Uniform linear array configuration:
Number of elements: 24
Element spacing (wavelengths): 1
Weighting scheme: kaiser
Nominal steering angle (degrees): -60
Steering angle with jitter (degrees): -58.603
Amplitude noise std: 0.05
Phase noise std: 0.05

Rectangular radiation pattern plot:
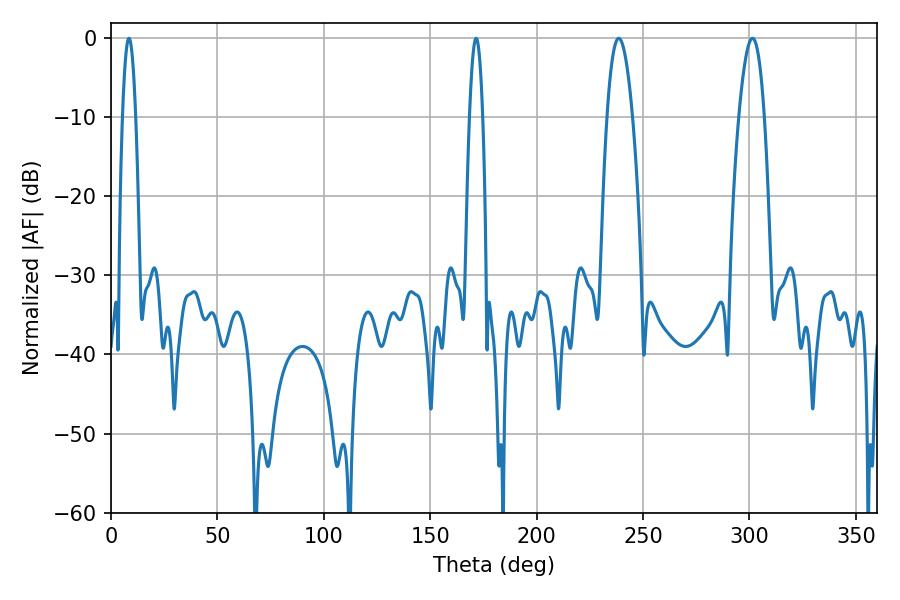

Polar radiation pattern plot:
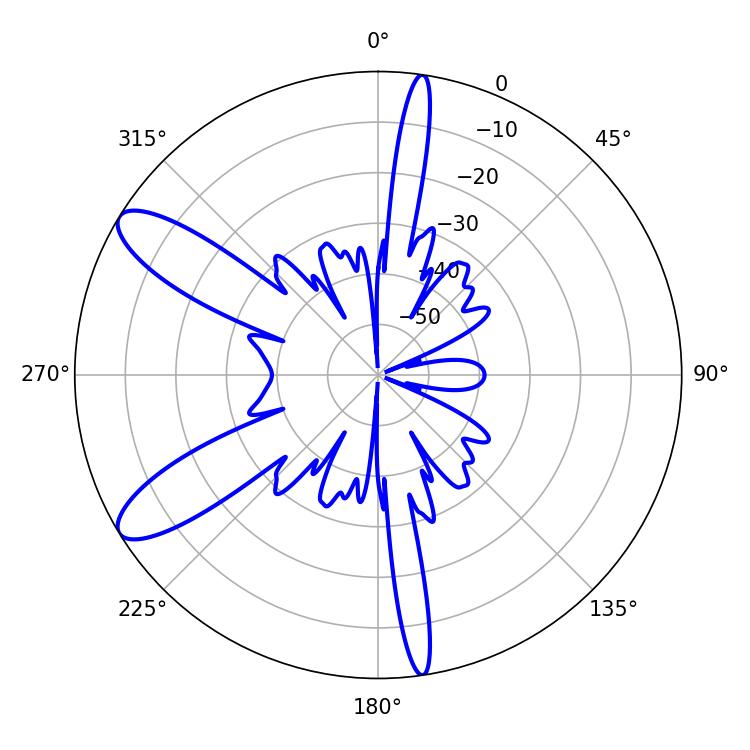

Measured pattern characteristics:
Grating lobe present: TRUE
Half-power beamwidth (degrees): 3.24
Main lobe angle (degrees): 8.46